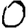
Digit: 0